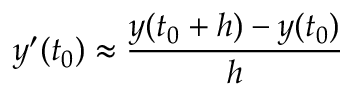
y ^ { \prime } ( t _ { 0 } ) \approx { \frac { y ( t _ { 0 } + h ) - y ( t _ { 0 } ) } { h } }